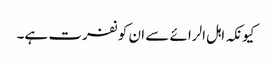
کیونکہ اہل الرائے سے ان کو نفرت ہے۔